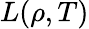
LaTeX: L\! \left(\rho,T\right)